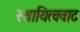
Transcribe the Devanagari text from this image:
स्थायित्ववाद